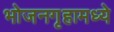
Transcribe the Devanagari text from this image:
भोजनगृहामध्ये